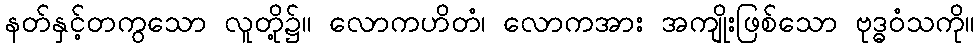
နတ်နှင့်တကွသော လူတို့၌။ လောကဟိတံ၊ လောကအား အကျိုးဖြစ်သော ဗုဒ္ဓဝံသကို။